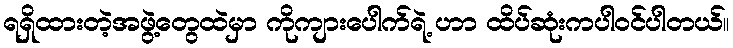
ရရှိထားတဲ့အဖွဲ့တွေထဲမှာ ကိုကျားပေါက်ရဲ့ ဟာ ထိပ်ဆုံးကပါဝင်ပါတယ်။